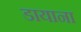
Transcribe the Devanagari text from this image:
डायाना